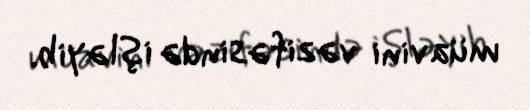
müavini vəzifəsində işləyib.